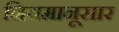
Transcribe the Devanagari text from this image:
नियमानूसार